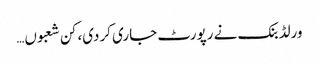
ورلڈ بنک نے رپورٹ جاری کردی، کن شعبوں…